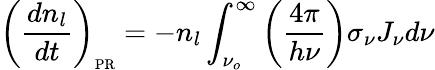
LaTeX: \left(\frac{dn_{l}}{dt}\right)_{\scriptsize\mathrm{PR}}=-n_{l}\int_{\nu_{o}}^{\infty}\left({\frac{4\pi}{h\nu}}\right)\sigma_{\nu}J_{\nu}d\nu